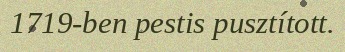
1719-ben pestis pusztított.